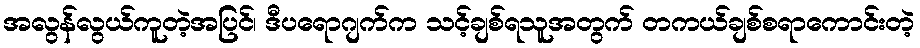
အလွန်လွယ်ကူတဲ့အပြင်၊ ဒီပရောဂျက်က သင့်ချစ်ရသူအတွက် တကယ်ချစ်စရာကောင်းတဲ့